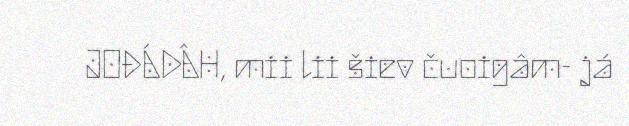
JOĐÁDÂH, mii lii šiev čuoigâm- já